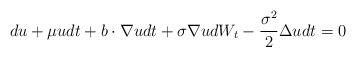
LaTeX: \begin{align*}du + \mu u dt+b \cdot\nabla u dt + \sigma \nabla u dW_t-\frac{\sigma^2}{2}\Delta u dt =0\end{align*}